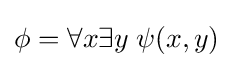
\phi =\forall x\exists y\;\psi (x,y)